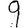
Digit: 9